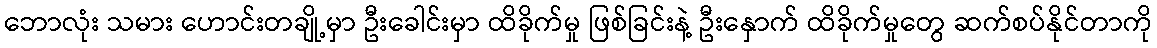
ဘောလုံး သမား ဟောင်းတချို့မှာ ဦးခေါင်းမှာ ထိခိုက်မှု ဖြစ်ခြင်းနဲ့ ဦးနှောက် ထိခိုက်မှုတွေ ဆက်စပ်နိုင်တာကို